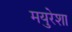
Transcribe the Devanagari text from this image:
मयुरेशा